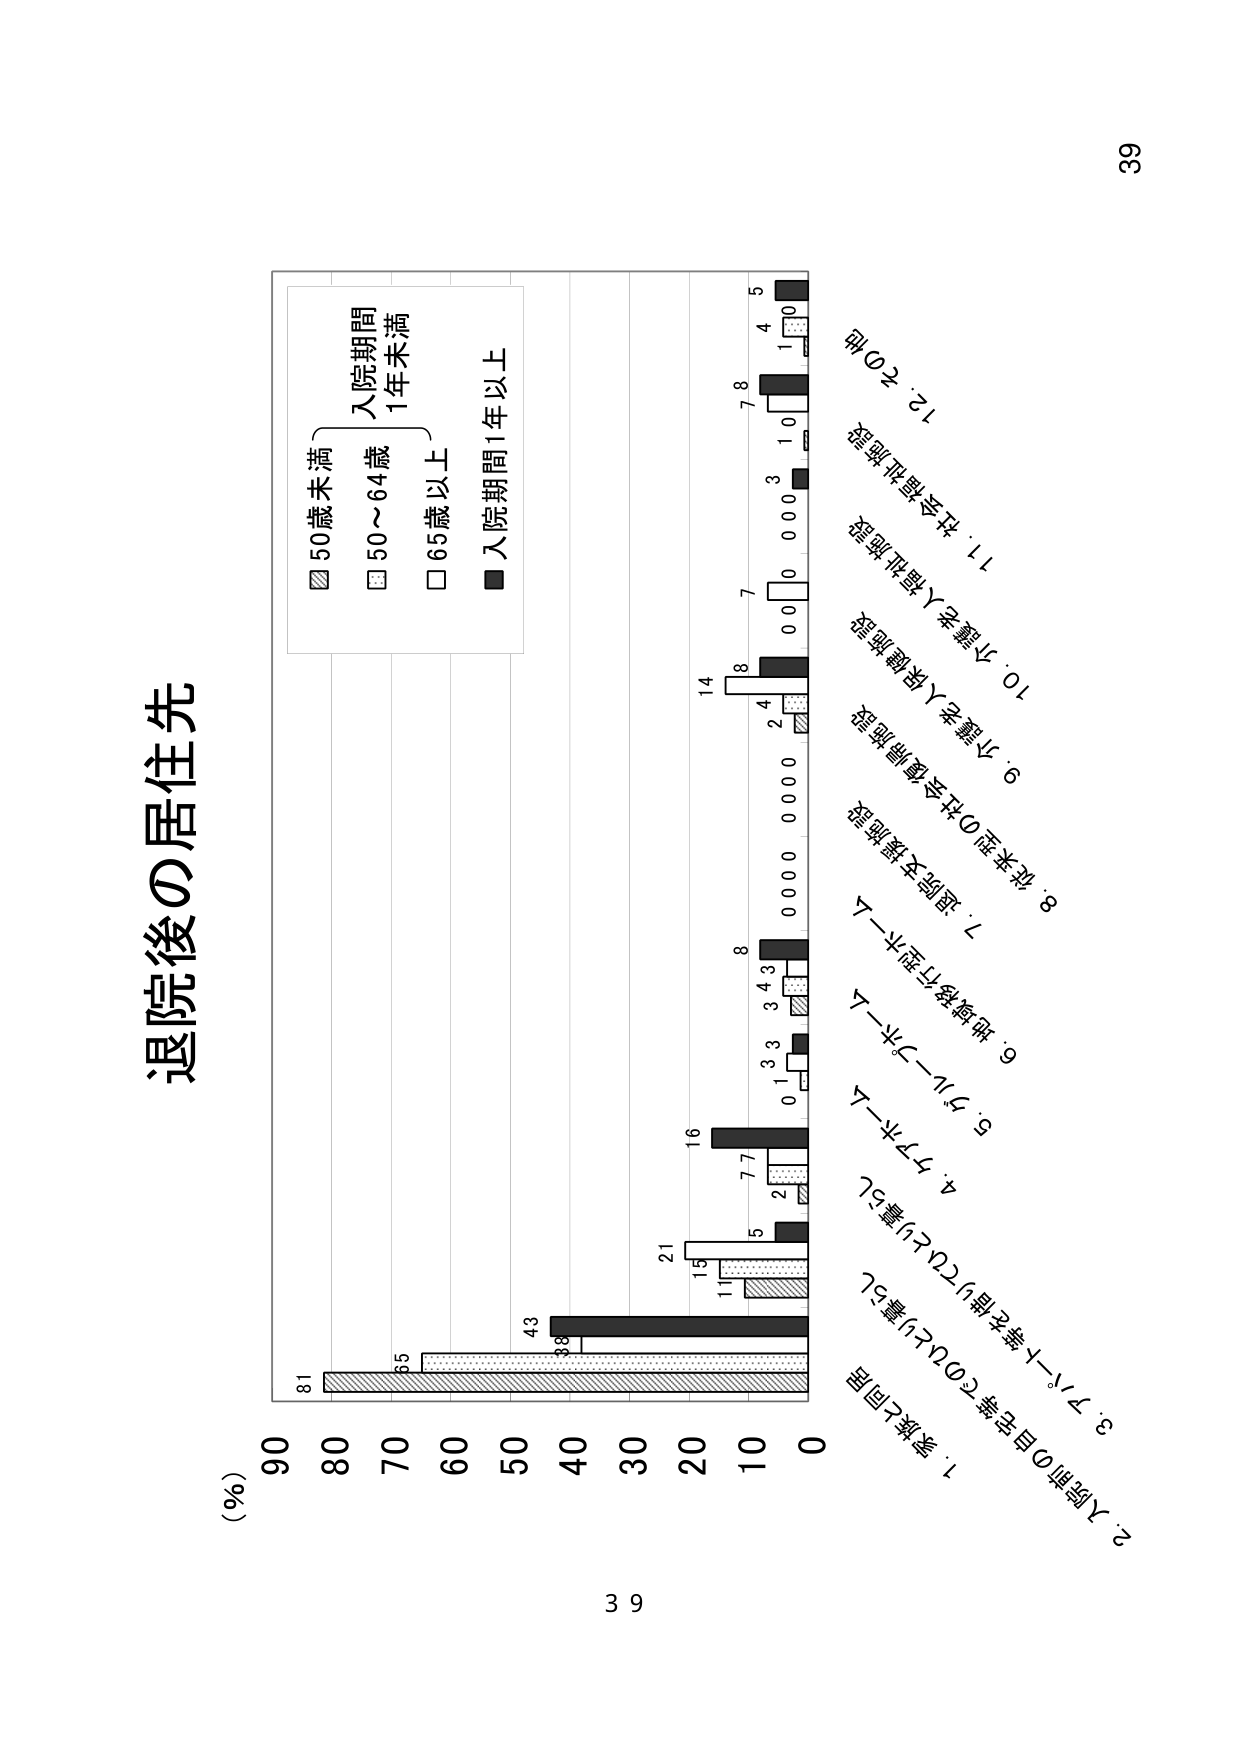
退院後の居住先

(%)
90
80
70
60
50
40
30
20
10
0

81
65
43
38
21
16
15
11
5
7
7
8
14
7
8
5
4
1
0

■ 入院期間1年以上
□ 65歳以上
■ 50～64歳
■ 50歳未満
入院期間
1年未満

1. 家族と同居
2. 入院前の自宅等のひとり暮らし
3. ブルーハート等の特例のひとり暮らし
4. ケアホーム
5. ジルーブーム
6. 地域移行型ホーム
7. 退院支援施設
8. 依存型の社会復帰施設
9. 小規模老人保健施設
10. 小規模老人福祉施設
11. 社会福祉施設
12. その他

39